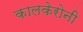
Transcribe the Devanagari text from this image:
कालकेरोनी